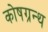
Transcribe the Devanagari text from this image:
कोषग्रन्थ